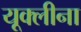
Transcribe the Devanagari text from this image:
यूक्लीना